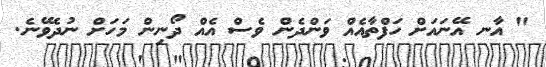
" އާނ އޭނައަށް ހަފްތާއެއް ވަންދެން ވެސް އެއް ދޯނިން މަހަށް ނުދެވޭނެ.